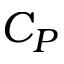
C _ { P }